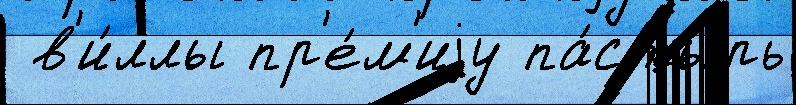
 в'и́ллы пр'е́м'иjу па́стырь